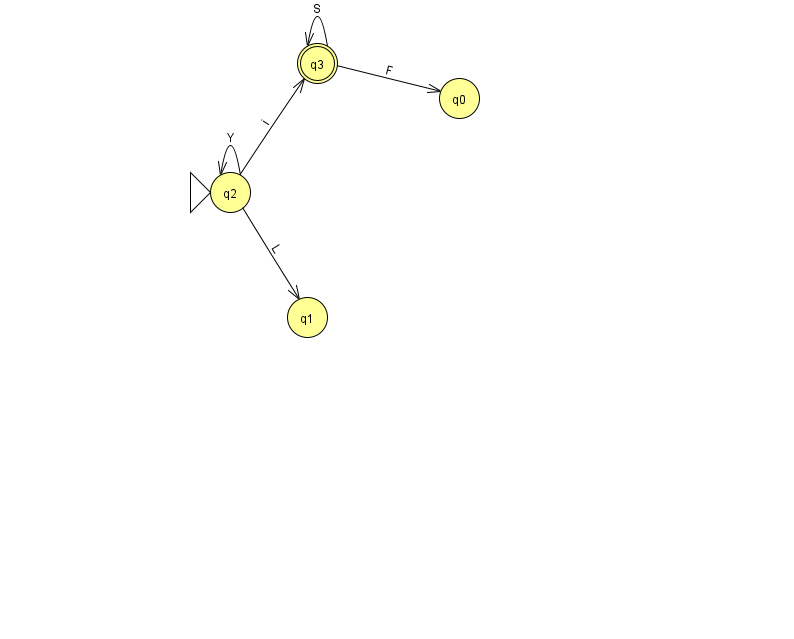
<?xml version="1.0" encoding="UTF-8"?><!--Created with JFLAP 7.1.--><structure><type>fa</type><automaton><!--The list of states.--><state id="0" name="q0"><x>459.0</x><y>85.0</y></state><state id="1" name="q1"><x>307.0</x><y>304.0</y></state><state id="2" name="q2"><x>230.0</x><y>179.0</y><initial/></state><state id="3" name="q3"><x>317.0</x><y>50.0</y><final/></state><!--The list of transitions.--><transition><from>2</from><to>1</to><read>L</read></transition><transition><from>3</from><to>3</to><read>S</read></transition><transition><from>2</from><to>2</to><read>Y</read></transition><transition><from>2</from><to>3</to><read>i</read></transition><transition><from>3</from><to>0</to><read>F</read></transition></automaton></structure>